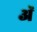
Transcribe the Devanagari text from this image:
अॅ